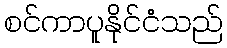
စင်ကာပူနိုင်ငံသည်